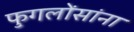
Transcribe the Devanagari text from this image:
फुगलोंसांना